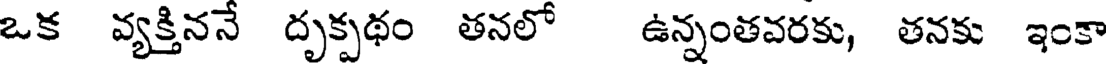
ఒక వ్యక్తిననే దృక్పథం తనలో ఉన్నంతవరకు, తనకు ఇంకా